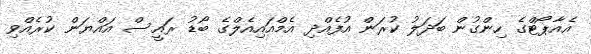
އެއާޕޯޓްގެ ހިންގުން ބަދަލު ކުރަން އުފެއްދި އެމްއައިއެލްގެ ބޯޑު ރައީސް އައްޔަން ކުރެއްވި